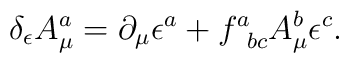
\delta_\epsilon A^a_\mu = \partial_\mu \epsilon^a + f^a_{\; \; b c}A^b _\mu \epsilon^c .